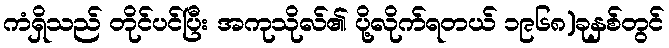
ကံရှိသည် တိုင်ပင်ပြီး အကုသိုလ်၏ ပို့လိုက်ရတယ် ၁၉၆၈)ခုနှစ်တွင်